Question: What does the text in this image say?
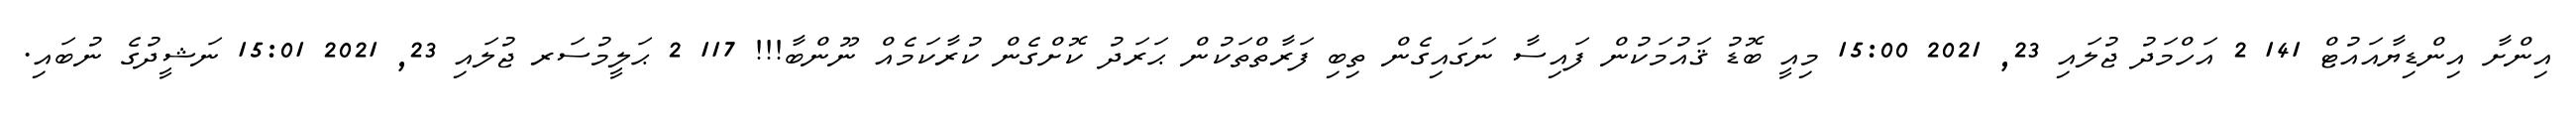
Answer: އިންށާ އިންޑިޔާއައުޓް 141 2 އަހްމަދު ޖުލައި 23, 2021 15:00 މިއީ ބޮޑު ޤައުމަކުން ފައިސާ ނަގައިގެން ތިބި ފަރާތްތަކުން ޙަރަދު ކޮށްގެން ކުރާކަމެއް ނޫންބާ!!! 117 2 ޙަލީމުސަރ ޖުލައި 23, 2021 15:01 ނަޝީދުގެ ނުބައި.